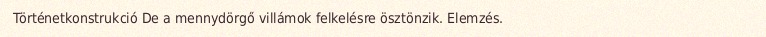
Történetkonstrukció De a mennydörgő villámok felkelésre ösztönzik. Elemzés.